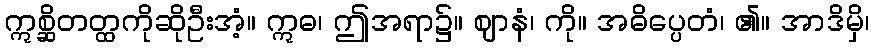
ဣစ္ဆိတတ္ထကိုဆိုဦးအံ့။ ဣဓ၊ ဤအရာ၌။ ဈာနံ၊ ကို။ အဓိပ္ပေတံ၊ ၏။ အာဒိမှိ၊